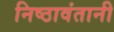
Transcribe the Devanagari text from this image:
निष्ठावंतानी